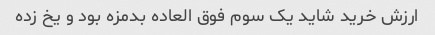
ارزش خرید شاید یک سوم فوق العاده بدمزه بود و یخ زده